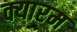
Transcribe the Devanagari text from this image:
क्यारम